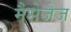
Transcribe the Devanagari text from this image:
मैसेजेज